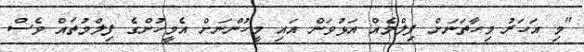
"މި އަހަރު މިހާތަނަށް ފިލްމެއް އަޅުވަން އައި މީހުންނަށް އެމީހުންގެ ފިލްމުތައް ވެސް